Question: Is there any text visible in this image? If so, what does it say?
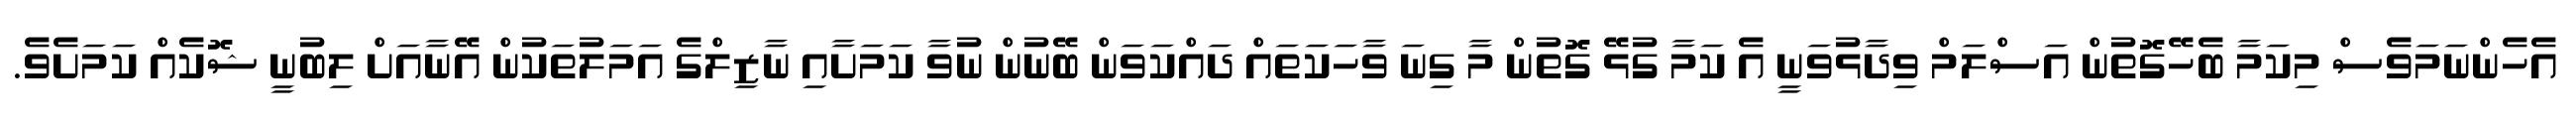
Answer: އެހެންނަމަވެސް މިކަމާ ބެހޭގޮތުން އަސްލަމް ވިދާޅުވަނީ އެ ކަމާ ގުޅޭ ގޮތުން މާ ގިނަ ވާހަކަތައް ދައްކަވަން ބޭނުން ނުވާ ކަމަށާއި ނާޒިލްގެ އަމަލުތަކުން އޭނާއަށް ލިބުނީ ޝޮކެއް ކަމަށެވެ.